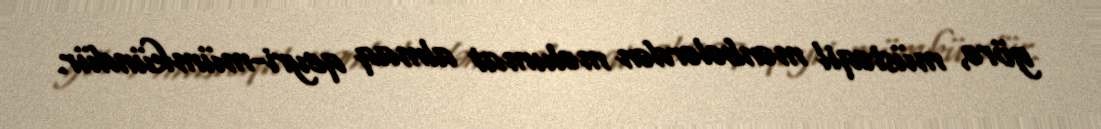
görə, müstəqil mənbələrdən məlumat almaq qeyri-mümkündür.